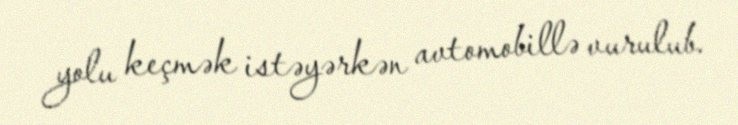
yolu keçmək istəyərkən avtomobillə vurulub.